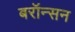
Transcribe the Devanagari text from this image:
बरॉन्सन